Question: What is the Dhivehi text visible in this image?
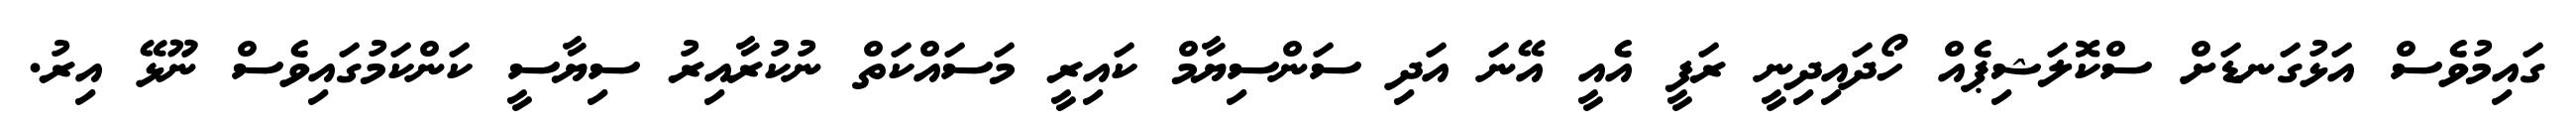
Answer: ގައިމުވެސް އަޅުގަނޑަށް ސްކޮލަޝިޕެއް ހޯދައިދިނީ ރަފީ އެއީ އޭނަ އަދި ސަންސިޔާމް ކައިރީ މަސައްކަތް ނުކުރާއިރު ސިޔާސީ ކަންކަމުގައިވެސް ނޫޅޭ އިރު.